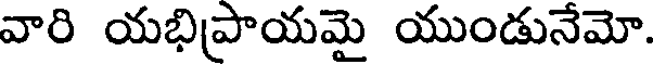
వారి యభిప్రాయమై యుండునేమో.